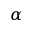
\alpha